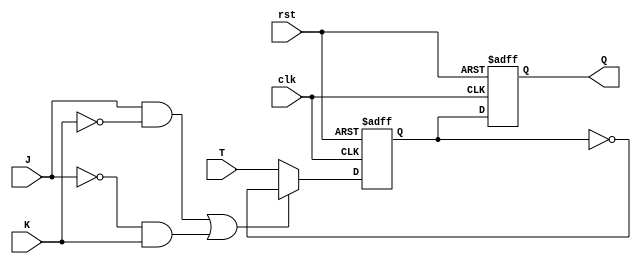
module TFlipFlopJK (
    input wire clk,
    input wire rst,
    input wire T,
    input wire J,
    input wire K,
    output reg Q
);

reg D;

always @ (posedge clk or posedge rst) begin
    if (rst) begin
        D <= 1'b0;
    end else begin
        D <= ((J && ~K) || (~J && K)) ? ~D : T;
    end
end

always @(posedge clk or posedge rst) begin
    if (rst) begin
        Q <= 1'b0;
    end else begin
        Q <= D;
    end
end

endmodule